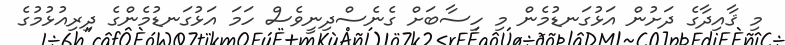
މި ޤާއިދާގެ ދަށުން އަޅުގަނޑުމެން މި ހިސާބަށް ގެނެސްދިނީވެސް ހަމަ އަޅުގަނޑުމެންގެ ދިރިއުޅުމުގެ